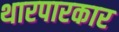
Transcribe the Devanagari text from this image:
थारपारकार